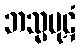
ဘသ္မပုဋံ